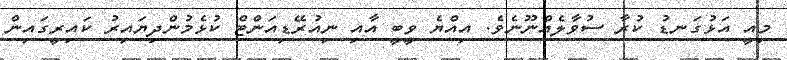
މިއީ އަޅުގަނޑު ކުރާ ސުވާލެއްނޫނެވެ. އިއްޔެ ވީބީ އާއި ނިއުރޭޑިއަންޓް ކުޅެމުންދިޔައިރު ކައިރީގައިން